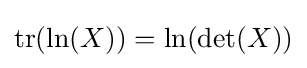
\mathrm {tr} (\ln(X))=\ln(\det(X))